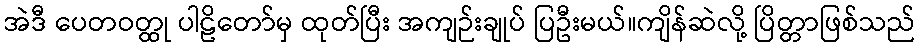
အဲဒီ ပေတဝတ္ထု ပါဠိတော်မှ ထုတ်ပြီး အကျဉ်းချုပ် ပြဦးမယ်။ကျိန်ဆဲလို့ ပြိတ္တာဖြစ်သည်